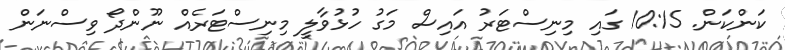
ކަންކަން. 10:15 ގައި މިނިސްޓަރު އައިސް މަގު ހުޅުވާލީ މިނިސްޓަރެއް ނޫންދޯ ވިސްނަން